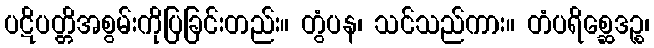
ပဋိပတ္တိအစွမ်းကိုပြခြင်းတည်း။ တွံပန၊ သင်သည်ကား။ တံပရိစ္ဆေဒဉ္စ၊